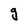
Character: g